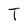
Character: T